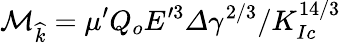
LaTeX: \mathcal{M}_{\widehat{k}}=\mu^{\prime}Q_{o}E^{\prime 3}\varDelta\gamma^{2/3}/K_{Ic}^{14/3}